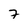
Character: 7